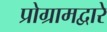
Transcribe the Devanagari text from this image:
प्रोग्रामद्वारे